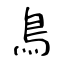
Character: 鳥